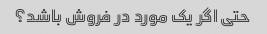
حتی اگر یک مورد در فروش باشد؟